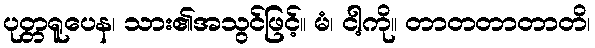
ပုတ္တရူပေန၊ သား၏အသွင်ဖြင့်။ မံ၊ ငါ့ကို။ တာတတာတာတိ၊